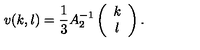
v ( k , l ) = \frac { 1 } { 3 } A _ { 2 } ^ { - 1 } \left( \begin{array} { c } { k } \\ { l } \\ \end{array} \right) .